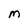
Character: M